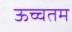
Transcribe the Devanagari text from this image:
ऊच्चतम